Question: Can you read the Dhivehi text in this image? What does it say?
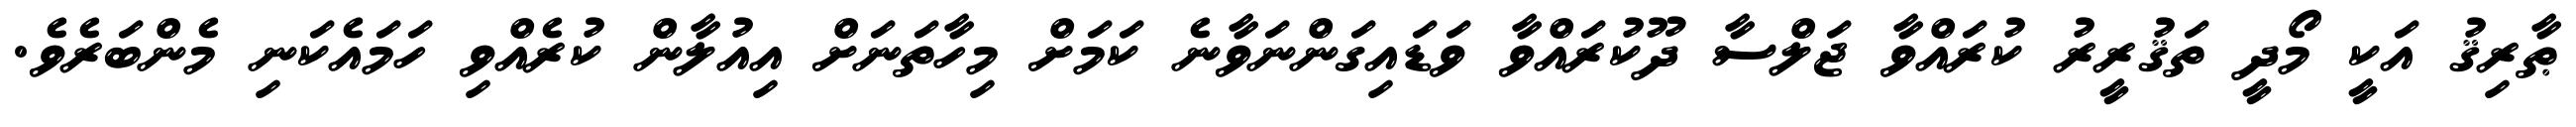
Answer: ޠާރިޤު އަކީ މޯދީ ތަޤުރީރު ކުރައްވާ ޖަލްސާ ދޫކުރައްވާ ވަޑައިގަންނަވާނެ ކަމަށް މިހާތަނަށް އިއުލާން ކުރެއްވި ހަމައެކަނި މެންބަރެވެ.